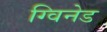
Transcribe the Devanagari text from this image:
ग्विनेड